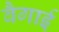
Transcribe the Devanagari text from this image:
वैगाई